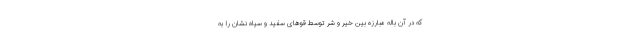
که در آن باله مبارزه بین خیر و شر توسط قوهای سفید و سیاه نشان را به